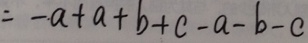
= - a + a + b + c - a - b - c